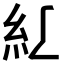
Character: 𱹫